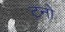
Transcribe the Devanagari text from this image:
टनो